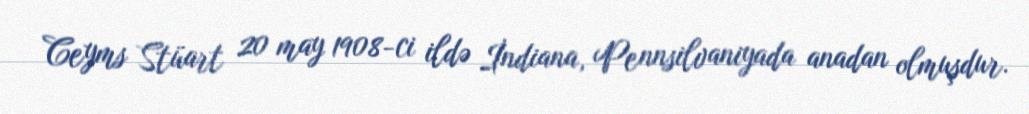
Ceyms Stüart 20 may 1908-ci ildə İndiana, Pennsilvaniyada anadan olmuşdur.